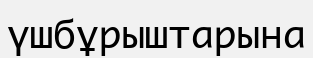
үшбұрыштарына